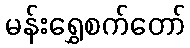
မန်းရွှေစက်တော်